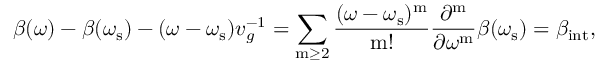
\beta ( \omega ) - \beta ( \omega _ { \mathrm { s } } ) - ( \omega - \omega _ { \mathrm { s } } ) v _ { g } ^ { - 1 } = \sum _ { \mathrm { m } \ge 2 } \frac { ( \omega - \omega _ { \mathrm { s } } ) ^ { \mathrm { m } } } { \mathrm { m } ! } \frac { { \partial ^ { \mathrm { m } } } } { \partial { \omega ^ { \mathrm { m } } } } \beta ( \omega _ { \mathrm { s } } ) = \beta _ { \mathrm { i n t } } ,